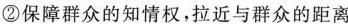
②保障群众的知情权，拉近与群众的距离